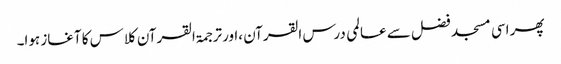
پھر اسی مسجد فضل سے عالمی درس القرآن ،اورترجمۃ القرآن کلاس کا آغاز ہوا۔